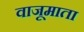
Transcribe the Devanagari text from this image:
वाजूमाता